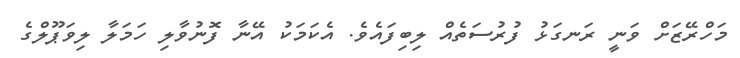
މަހްރޭޒަށް ވަނީ ރަނގަޅު ފުރުސަތެއް ލިބިފައެވެ. އެކަމަކު އޭނާ ފޮނުވާލި ހަމަލާ ލިވަޕޫލްގެ